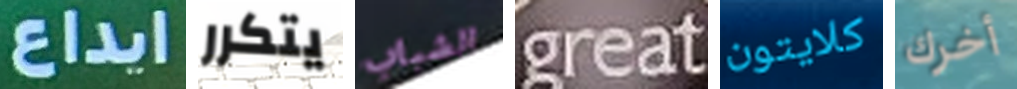
ايداع يتكرر الشباب great كلايتون أخرك